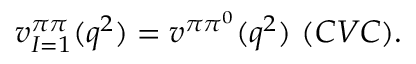
v _ { I = 1 } ^ { \pi \pi } ( q ^ { 2 } ) = v ^ { \pi \pi ^ { 0 } } ( q ^ { 2 } ) ~ ( C V C ) .